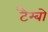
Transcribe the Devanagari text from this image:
टैम्बो